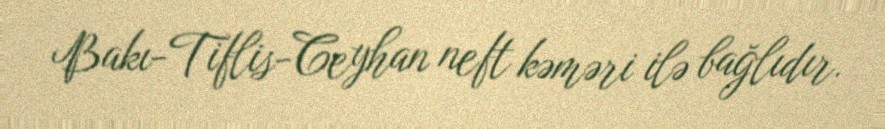
Bakı-Tiflis-Ceyhan neft kəməri ilə bağlıdır.